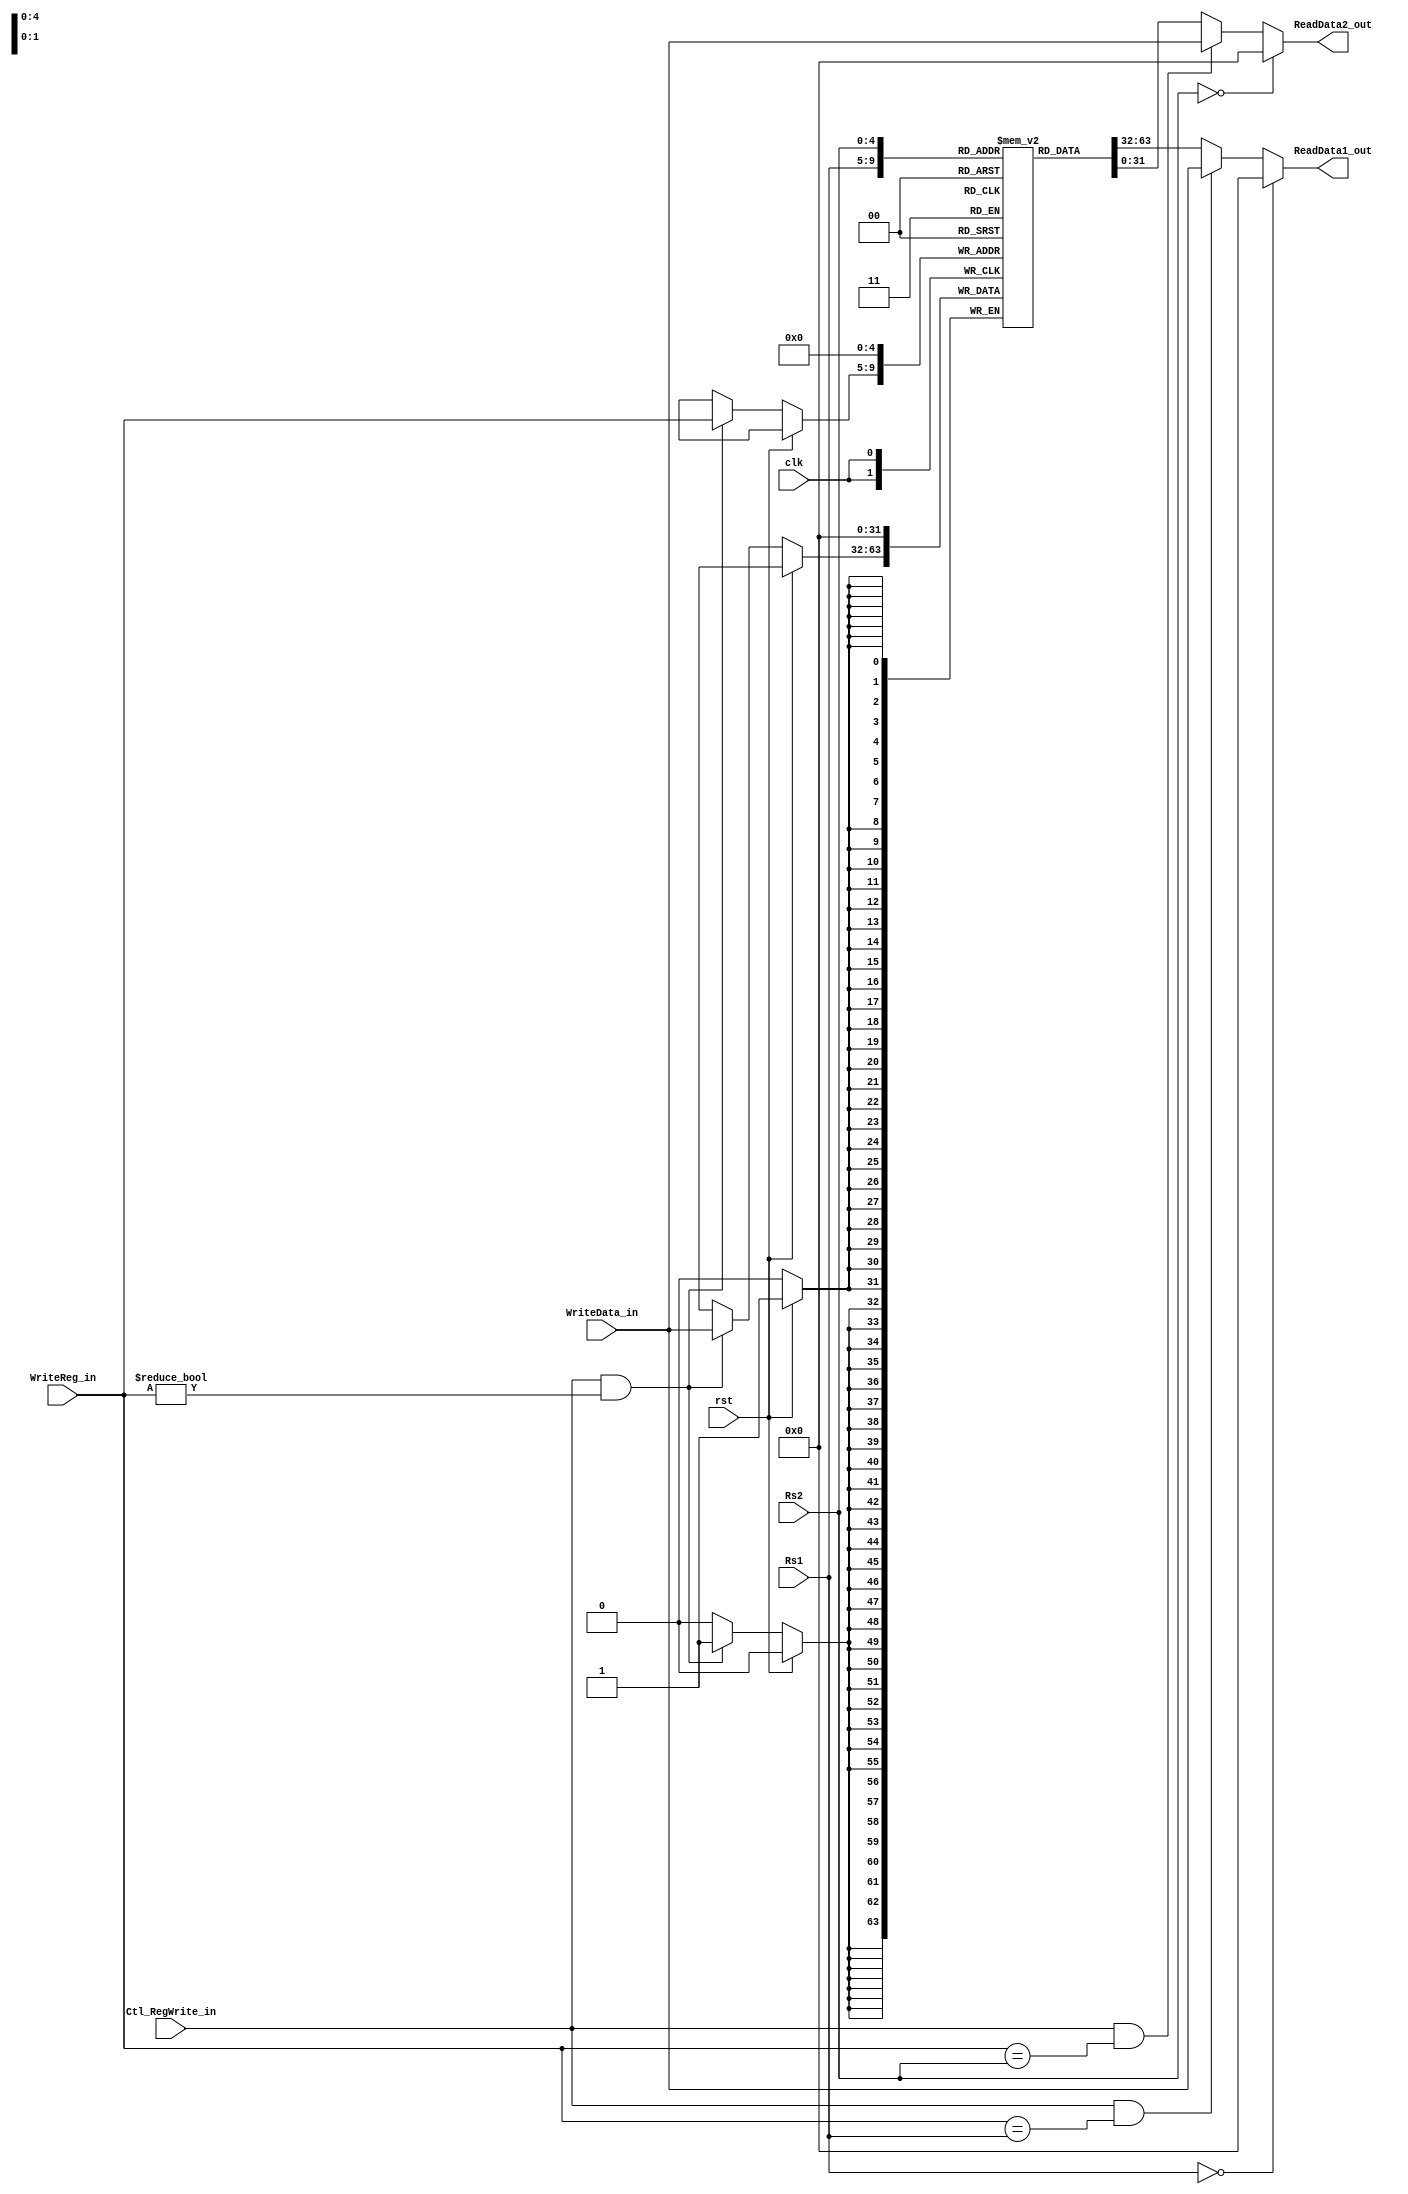
`timescale 1ns / 1ps
//8.408ns
//(Ctl_RegWrite_in && WriteReg_in==Rs1) ? WriteData : Reg[Rs1]
module Register_File(
	input clk, rst,
	input Ctl_RegWrite_in, //from WB unit
	input [4:0] Rs1, Rs2, 
	input [4:0] WriteReg_in, // .
	input [31:0] WriteData_in, // 
	output [31:0] ReadData1_out, ReadData2_out
   );
	
	//Register
	parameter reg_size = 32;
	reg [31:0] Reg[0:reg_size-1]; //32bit reg

	always@(posedge clk) begin
		if(rst) Reg[5'b0] <= 32'b0;
		else if(Ctl_RegWrite_in && WriteReg_in!=0)
			Reg[WriteReg_in] <= WriteData_in; //    .
	end

	assign ReadData1_out = (Rs1==5'b0)? 32'b0:(Ctl_RegWrite_in && WriteReg_in==Rs1) ? WriteData_in : Reg[Rs1];
	assign ReadData2_out = (Rs2==5'b0)? 32'b0:(Ctl_RegWrite_in && WriteReg_in==Rs2) ? WriteData_in : Reg[Rs2];
endmodule